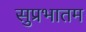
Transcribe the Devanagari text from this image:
सुप्रभातम